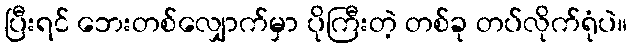
ပြီးရင် ဘေးတစ်လျှောက်မှာ ပိုကြီးတဲ့ တစ်ခု တပ်လိုက်ရုံပဲ။